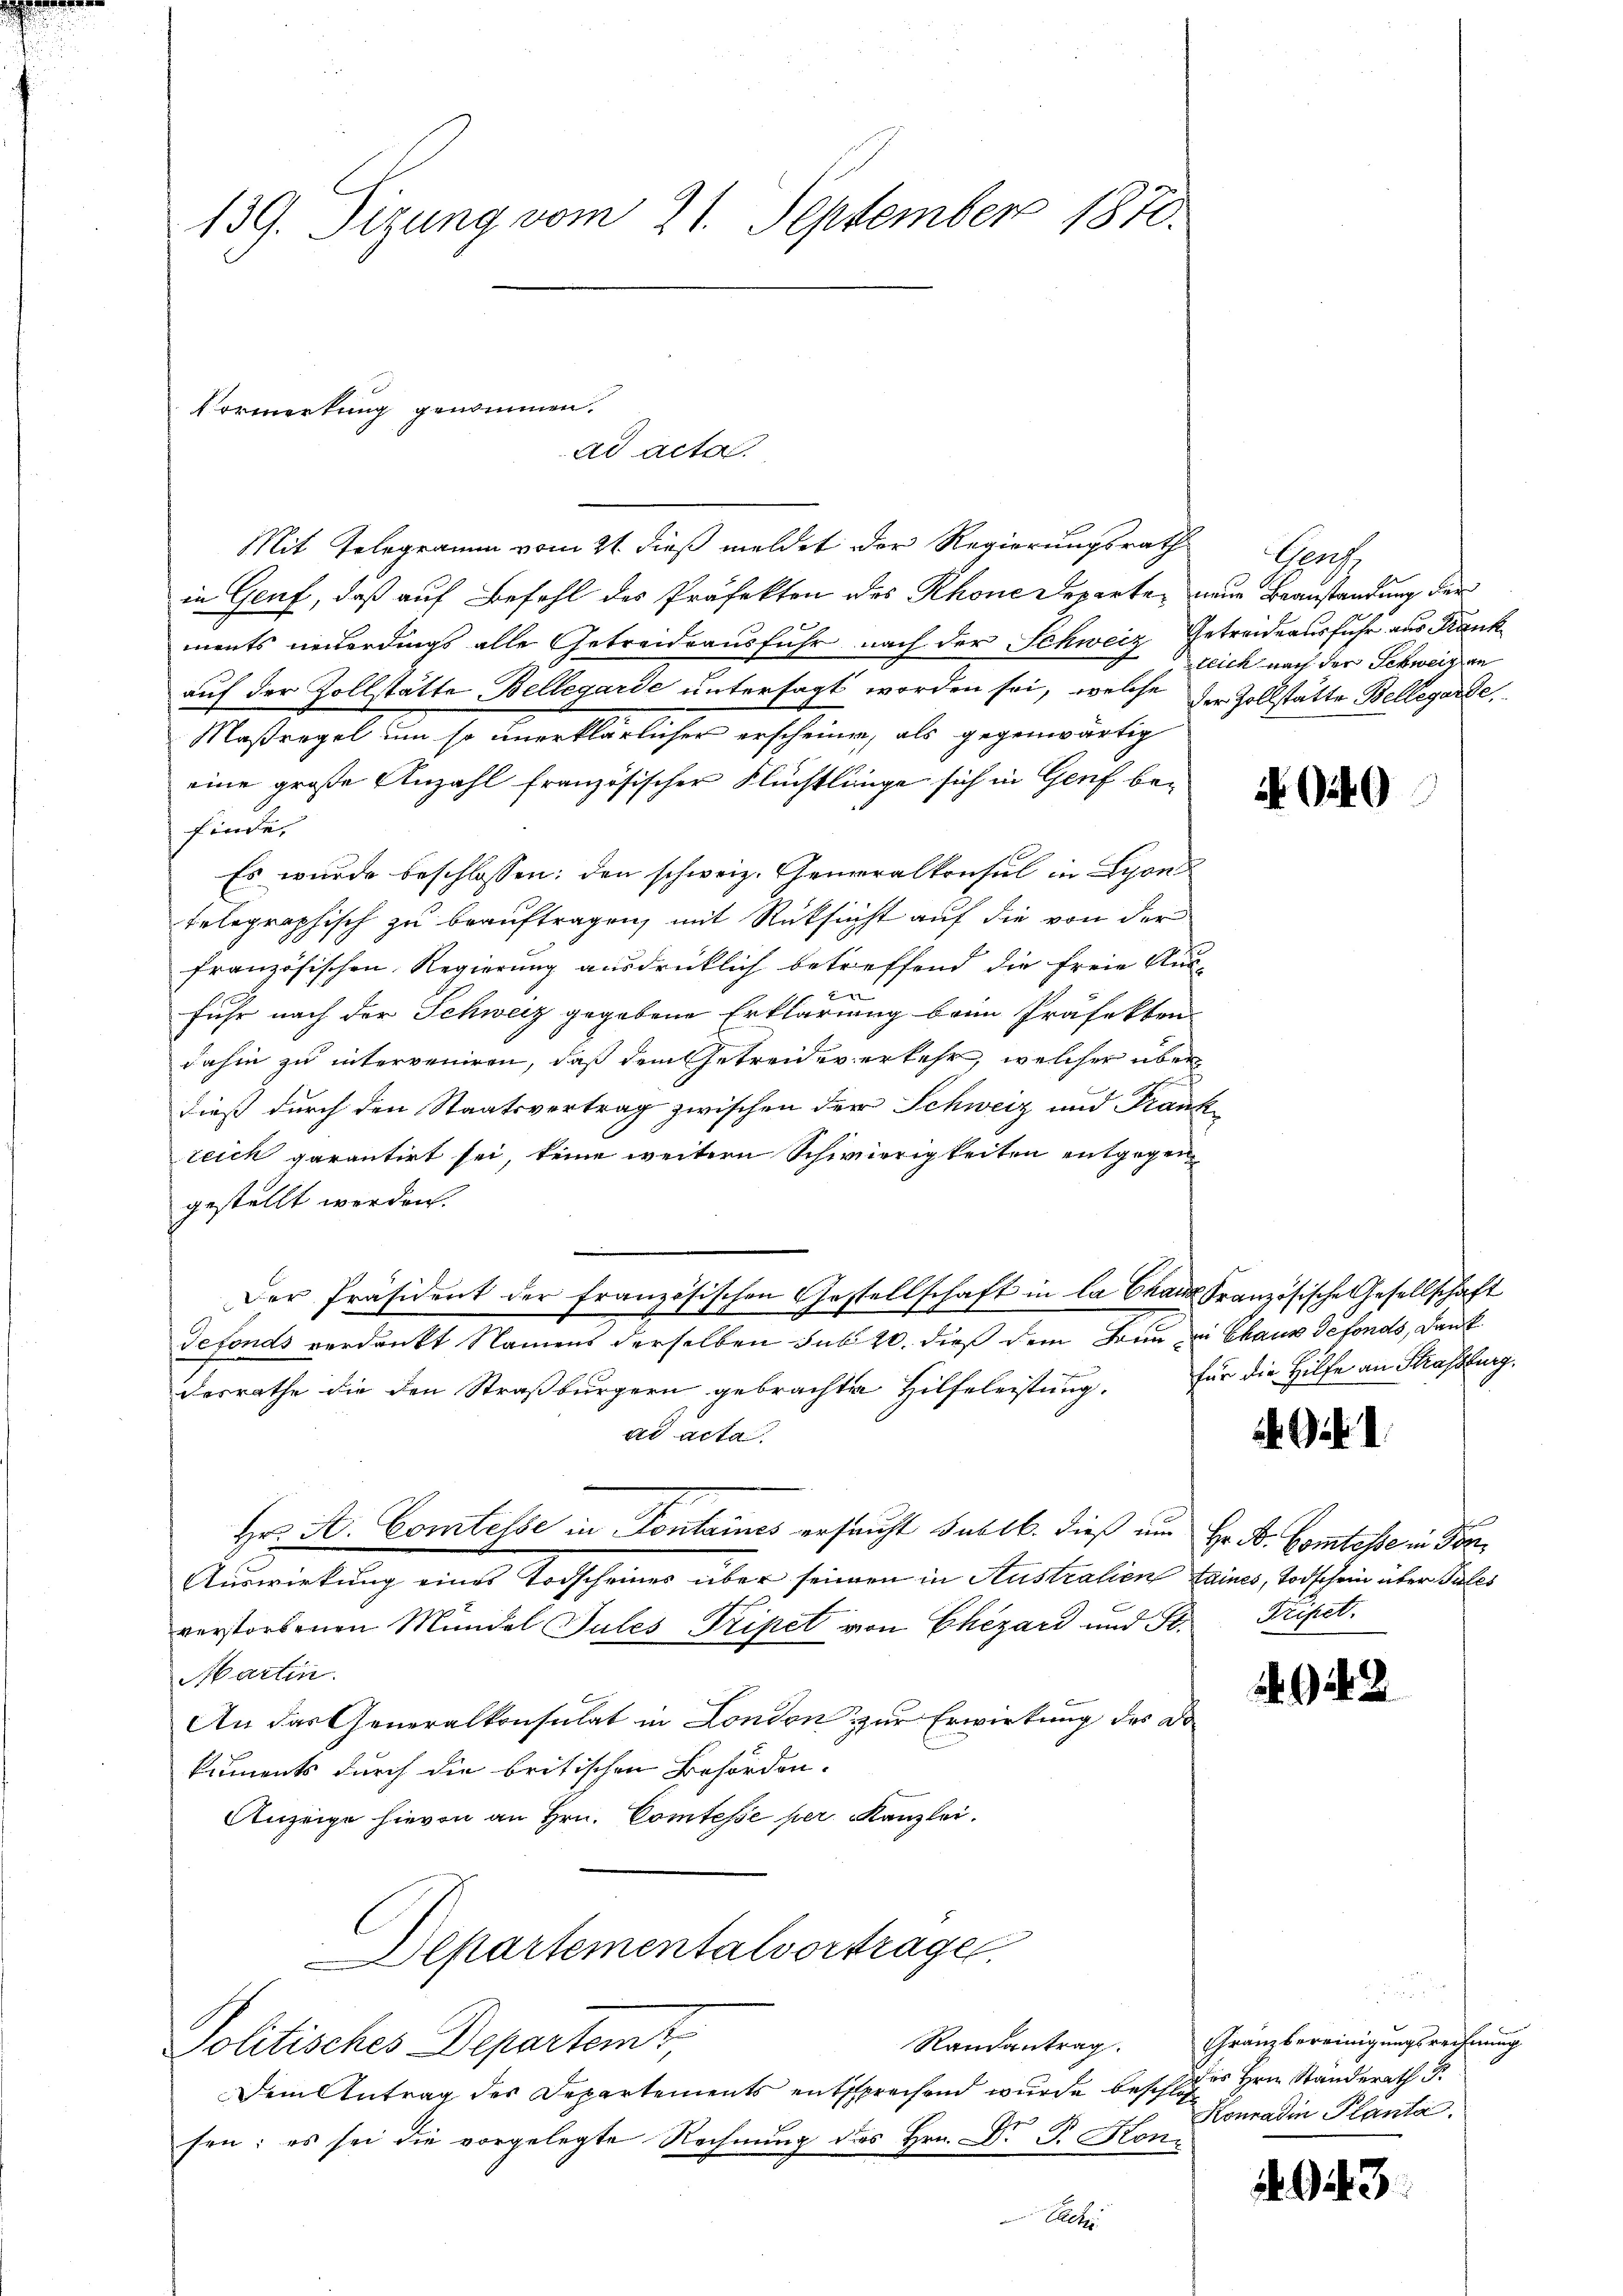
139. Sizung vom 21. September 1870.

Vormerkung genommen.
ad acta
Mit Telegramm vom 21 dieß meldet der Regierungsrath Genf,

in Genf, daß auf Befehl des Präfekten des Rhone Departen neue Beanstandung der
ments neuerdings alle Getreideausfuhr nach der Schweiz Getreideausfuhr aus Krank
auf der Zollstätte Bellegarde untersagt worden sei, welche der Zollstätte Bellegarde,
Maßregel um so unerklärlicher erscheinen, als gegenwärtig
eine große Anzahl französischer Flüchtlinge sich in Genf befinde.
Es wurde beschlossen: den schweiz. Generalkonsul in Lyon
telegraphisch zu beauftragen, mit Rücksicht auf die von der
französischen Regierung ausdrücklich betreffend die freie Aus-

fuhr nach der Schweiz gegebene Erklärung beim Präfekten
dahin zu interveniren, daß dem Getreider erkehr, welcher über
dieß durch den Staatsvertrag zwischen der Schweiz und Franz
reich garantirt sei, keine weitern Schwierigkeiten entgegen
gestellt werden.
Der Präsident der französischen Gestellschaft in la Chaux französische Gesellschaft
defonds verdankt Namens derselben sub 20. dieß dem Frau zu Chaux defonds, dank
desrathe die den Straßburgern gebrachte Hilfeleistung. Für die Hilfe an Strassburg,
ad acta
Hr. Hr. Comtesse in Fontaines ersucht sub lb. dieß um Hr. B. Comtesse in For¬
Auswirkung eines Todscheines über seinen in Australien Laines, Todschein über Pales
verstorbenen Mündel Tules Pripet von Chizard und Se. Tripet¬
Martin.
An das Generalkonsulat in London zur Erwirkung des Dokuments durch die britischen Behörden.
Anzeige hievon an Hrn. Comtesse per Kanzlei.
Departementalvortrage
Randantrag.
Politisches Departemt,
Dem Antrag des Departements entsprechend wurde beschlos Hrn. Standerath
sen; es sei die vorgelegte Rechnung des Hrn. Dr. P. Con¬
Edhei

tlich nach der Schweizen

. . . 2

Gränzbereinigungsrechnung
Konradin Planta.

.43